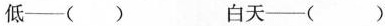
低—（ ） 白天—（ ）